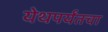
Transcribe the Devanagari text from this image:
येथपर्यंतचा